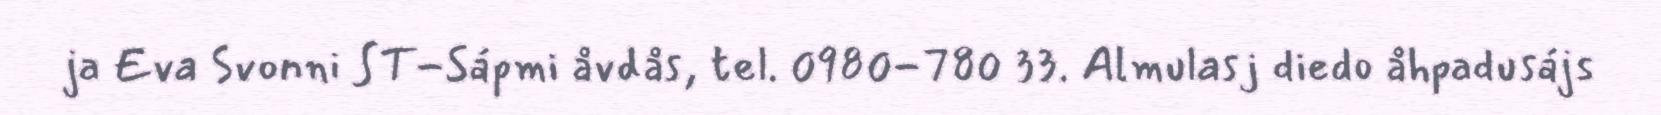
ja Eva Svonni ST-Sápmi åvdås, tel. 0980-780 33. Almulasj diedo åhpadusájs